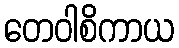
တေဝါစိကာယ